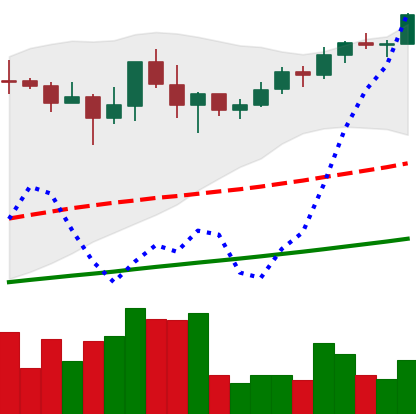
Ticker: BNB-USD
Chart end date: 2021-05-03
Forward return: -4.378%
Label: down_3_5